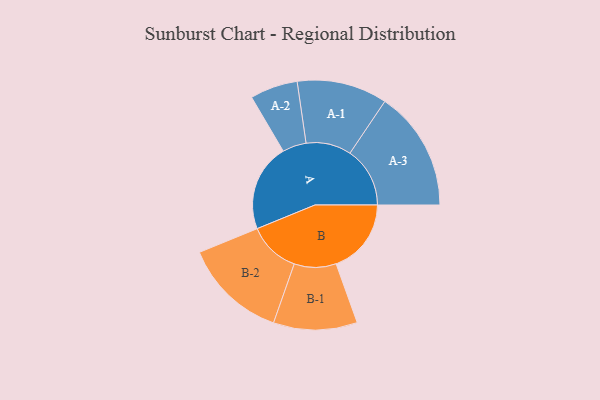
{"axis": {"x": "Segment", "y": "Value"}, "legend": ["", "A", "B"], "data": [{"x": "A", "y": 426, "type": ""}, {"x": "B", "y": 366, "type": ""}, {"x": "A-1", "y": 220, "type": "A"}, {"x": "A-2", "y": 116, "type": "A"}, {"x": "A-3", "y": 292, "type": "A"}, {"x": "B-1", "y": 204, "type": "B"}, {"x": "B-2", "y": 252, "type": "B"}]}